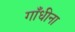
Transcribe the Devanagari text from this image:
गाँधीना